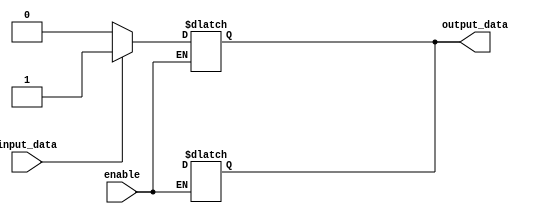
module push_pull_buffer (
    input wire input_data,
    input wire enable,
    output reg output_data
);

// Declare NMOS transistor
reg nmos_gate;
reg nmos_drain;
reg nmos_source;

// Declare PMOS transistor
reg pmos_gate;
reg pmos_drain;
reg pmos_source;

// When enable signal is low, set buffer to high impedance
always @(input_data, enable)
begin
    if (enable == 0) begin
        output_data = 1'bz;
    end
end

// When enable signal is high, set buffer to drive output signal based on input data
always @(input_data, enable)
begin
    if (enable == 1) begin
        if (input_data == 1) begin
            output_data = 1;
        end
        else begin
            output_data = 0;
        end
    end
end

endmodule